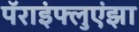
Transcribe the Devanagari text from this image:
पॅराइंफ्लुएंझा